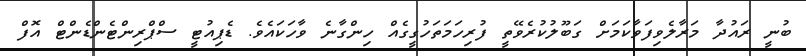
ބުނީ ރައުދާ މަރާލެވިފަވާކަމަށް ގަބޫލުކުރެވޭތީ ފުރިހަމަތަހުގީގެއް ހިންގާނެ ވާހަކައެވެ. ޑެޕިއުޓީ ސްޕްރިންޓެންޑެންޓް އޮފް